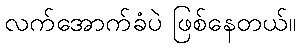
လက်အောက်ခံပဲ ဖြစ်နေတယ်။